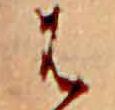
は